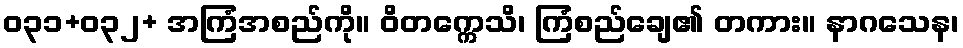
ဝ၃၁+ဝ၃၂+ အကြံအစည်ကို။ ဝိတက္ကေသိ၊ ကြံစည်ချေ၏ တကား။ နာဂသေန၊